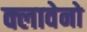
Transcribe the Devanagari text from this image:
क्लावेनो